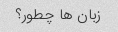
زبان ها چطور؟